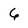
Character: 6